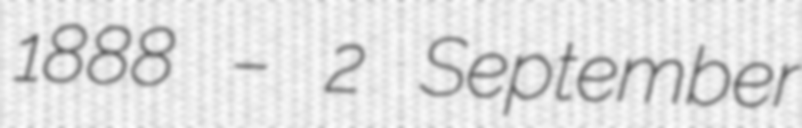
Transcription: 1888 – 2 September